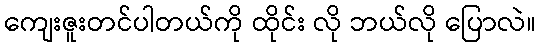
ကျေးဇူးတင်ပါတယ်ကို ထိုင်း လို ဘယ်လို ပြောလဲ။